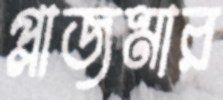
প্লাজমার